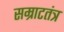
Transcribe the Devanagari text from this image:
सम्राटतंत्र